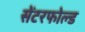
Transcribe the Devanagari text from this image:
सेंटरफोल्ड